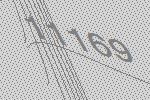
11169